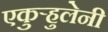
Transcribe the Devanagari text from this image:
एकुर्‍हुलेनी